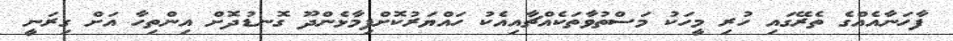
ފާހަނާއެއްގެ ތެރޭގައި ހުރި މީހަކު މަސްތުވާތަކެއްޗާއިއެކު ހައްޔަރުކޮށްފިމާޅެންދޫ ގޮނޑުދޮށް އިންތިހާ އަށް ގިރަނީ